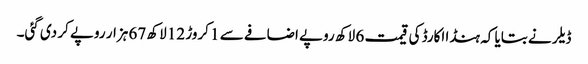
ڈیلر نے بتایا کہ ہنڈا اکارڈ کی قیمت 6 لاکھ روپے اضافے سے 1 کروڑ 12 لاکھ 67 ہزار روپے کر دی گئی۔